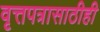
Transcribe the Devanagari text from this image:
वृत्तपत्रासाठीही